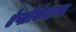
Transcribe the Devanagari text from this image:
ऐप्लीकेशन्स